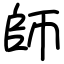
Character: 師